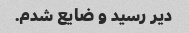
دیر رسید و ضایع شدم.